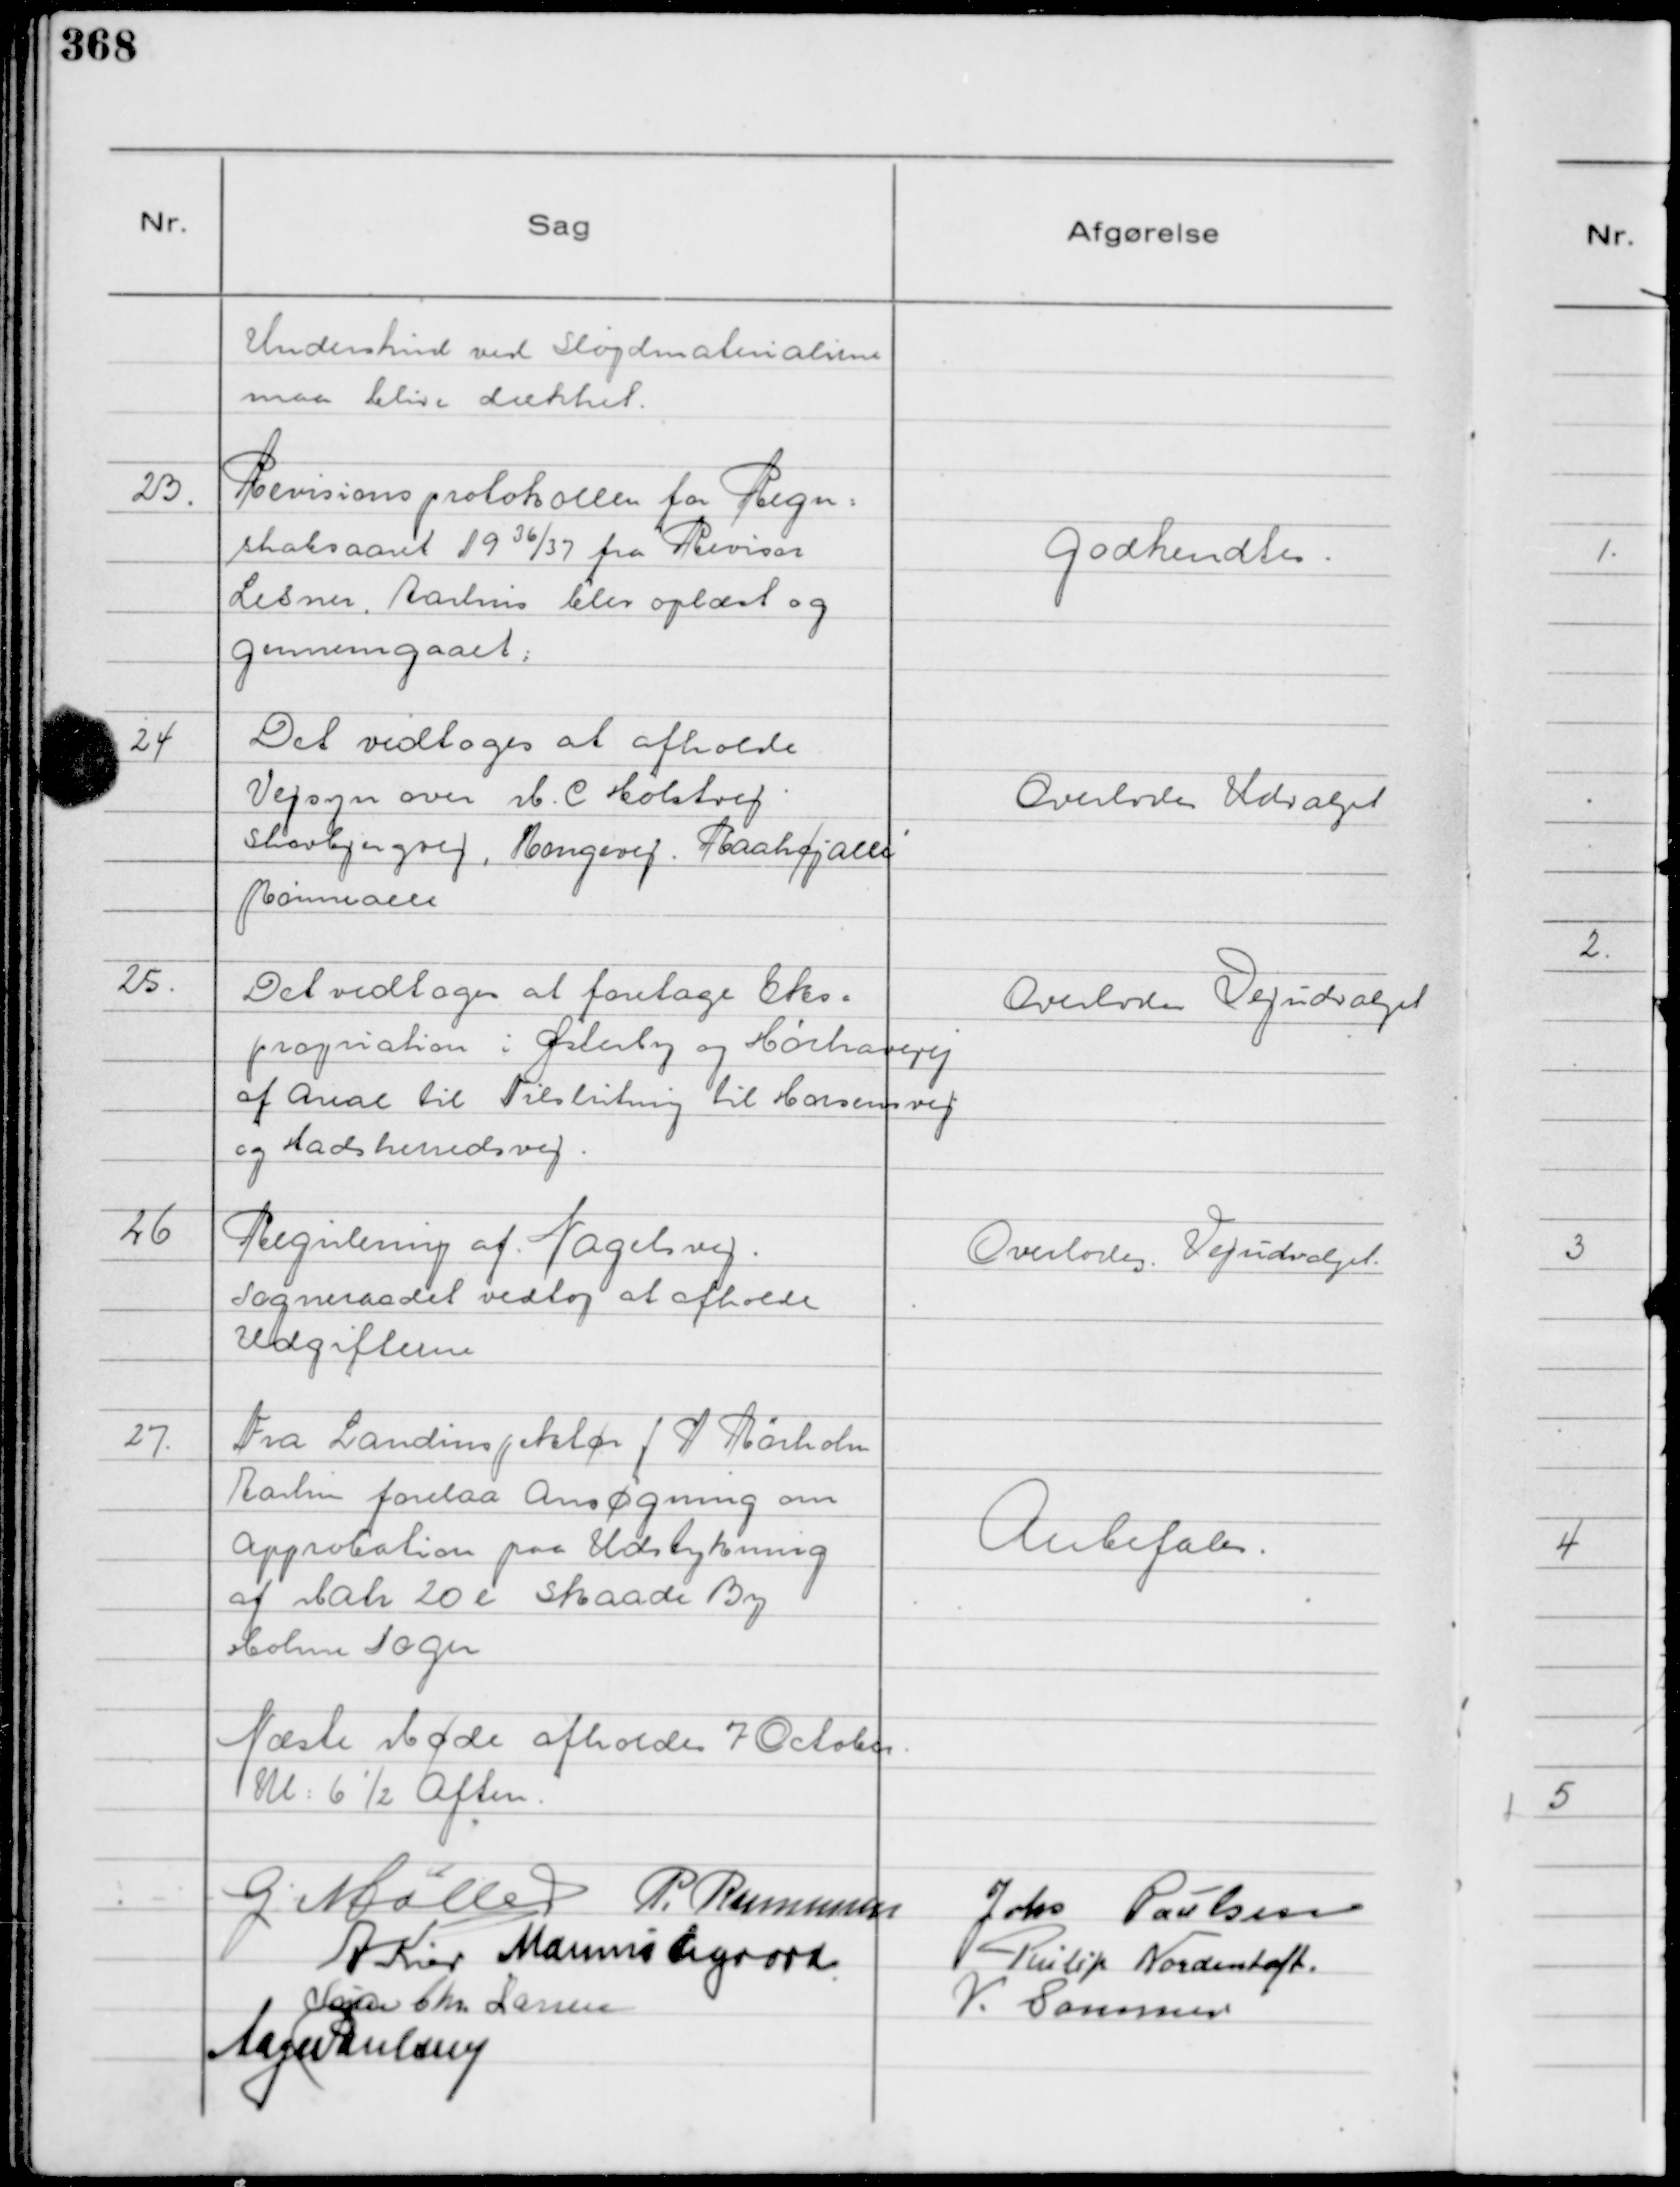
Transskription:
Underskud ved Sløjdmaterialerne
maa blive dækket.

23.
Revisionsprotokollen  for Regn=
skabsaaret 1936/37

fra Revisor
Lesner, Aarhus blev oplæst og
gennemgaaet:

Godkendtes.

24
Det vedtoges at afholde
Vejsyn over M. C Holstvej
Skovbjergvej, Kongevej, Raahøjallé
Rønnealle

Overlodes Udvalget

25.
Det vedtoges at foretage Eks=
propriation i Østerby og Hørhavevej
af Areal til Tilslutning til Horsensvej
og Hadsherredsvej.

Overlodes Vejudvalget

26
Regulering af Nagelsvej.
Sogneraadet vedtog at afholde
Udgifterne

Overlodes Vejudvalget.

27.
Fra Landinspektør J P Rørholm
Aarhus forelaa Ansøgning om
Approbation paa Udstykning
af Matr 20 e Skaade By
Holme Sogn

Anbefales.

Næste Møde afholdes 7 October
Kl: 6½ Aften.

G Møller
P. Rasmussen
Johs Poulsen
A Kier
Marinus Sigaard
Philip Nordentoft.
Søren Chr Larsen
V. Sommer
Aage Poulsen